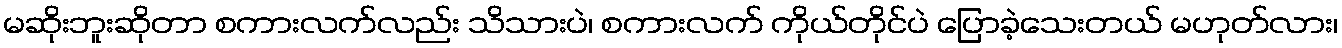
မဆိုးဘူးဆိုတာ စကားလက်လည်း သိသားပဲ၊ စကားလက် ကိုယ်တိုင်ပဲ ပြောခဲ့သေးတယ် မဟုတ်လား၊